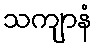
သကျာနံ